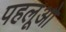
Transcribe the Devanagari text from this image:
पहलूओ